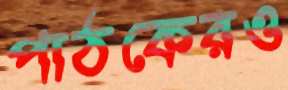
পাঠকেরও